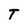
Character: T